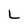
Character: L